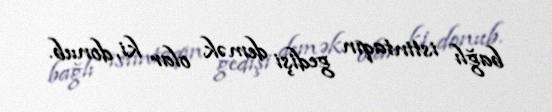
bağlı istintaqın gedişi demək olar ki, donub.